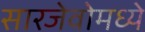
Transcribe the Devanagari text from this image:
सारजेवोमध्ये